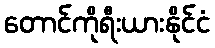
တောင်ကိုရီးယားနိုင်ငံ